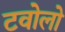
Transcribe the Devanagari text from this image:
टवोलो